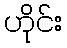
ဟိုင်း